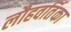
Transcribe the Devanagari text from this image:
लौहवर्तिका